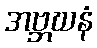
အဗ္ဘဃနံ